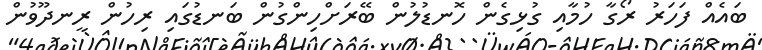
ބައެއް ފަހަރު ރޯގާ ހުމާއި ގުޅިގެން ހޮނޑުލުން ބޭރަށްހިންގުން ބަނޑުގައި ރިހުން ރީނދޫވުން